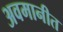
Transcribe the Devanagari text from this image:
अवमानीत